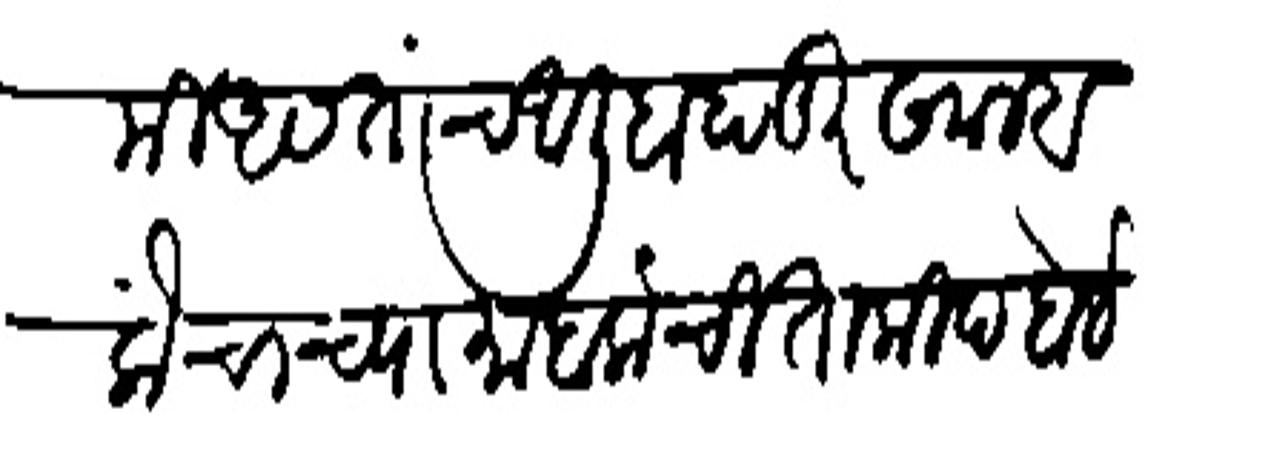
Transliteration (Devanagari): मुकामी असतांच आलीबाहाडूरसान बलॉचाच्या माहालांची ताकीद होईल